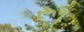
રૂ૧